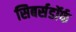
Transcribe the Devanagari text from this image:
सिबर्सडॉर्फ